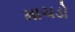
માચડો